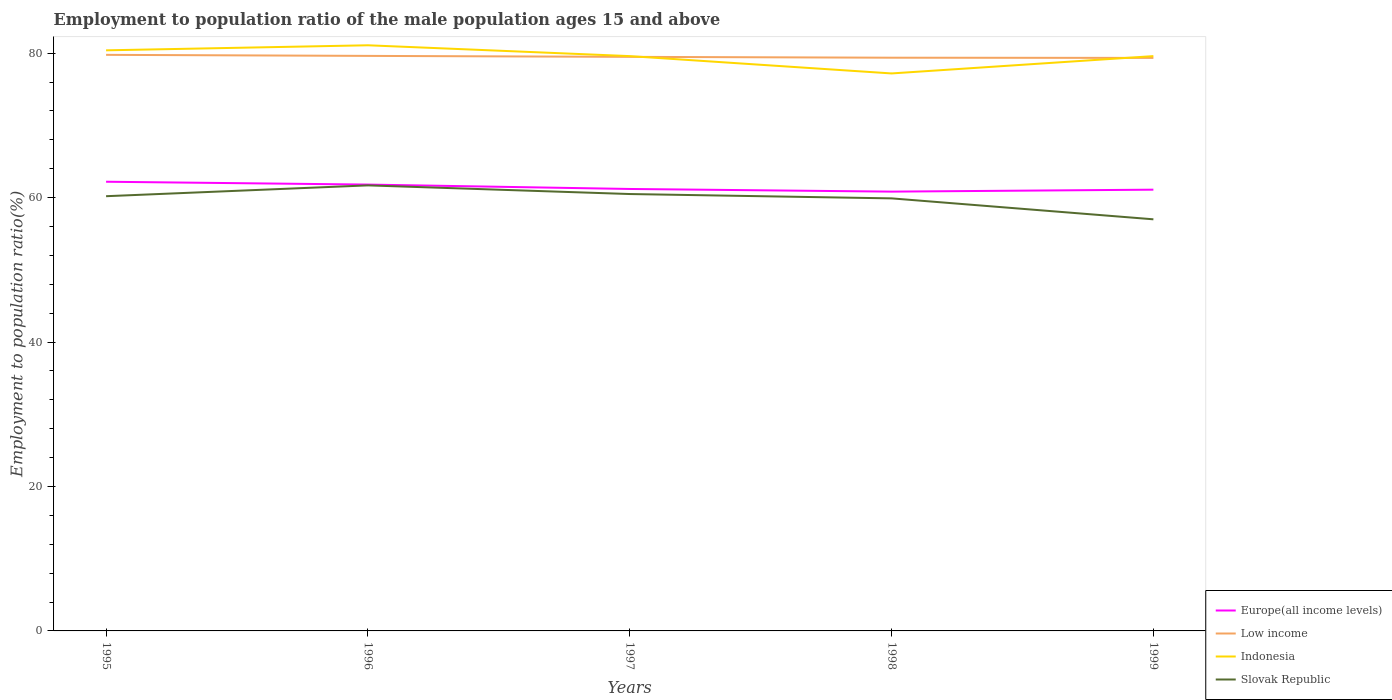
| Years | Europe(all income levels) | Low income | Indonesia | Slovak Republic |
 | --- | --- | --- | --- | --- |
 | 1995 | 62.2 | 79.8 | 80.4 | 60.2 |
 | 1996 | 61.8 | 79.6 | 81.1 | 61.7 |
 | 1997 | 61.2 | 79.5 | 79.6 | 60.5 |
 | 1998 | 60.8 | 79.4 | 77.2 | 59.9 |
 | 1999 | 61.1 | 79.4 | 79.6 | 57 |